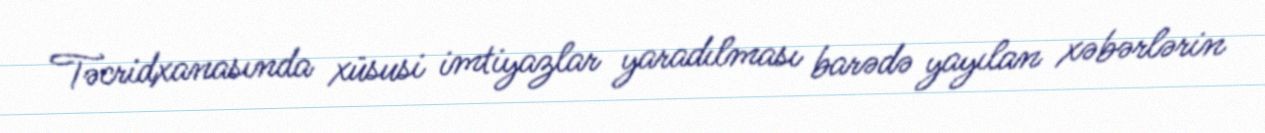
Təcridxanasında xüsusi imtiyazlar yaradılması barədə yayılan xəbərlərin